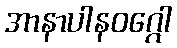
အာနာပါနဝဂ္ဂေါ